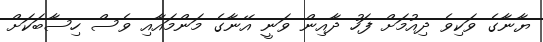
ޔާނާގެ ވަކިވެ ދިއުމަށް ފަހު ދާއިން ވަނީ އޭނާގެ މަންމައާއި ވެސް ހިސާބަކަށް